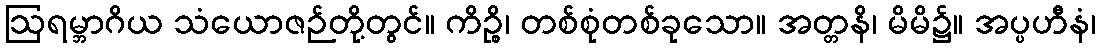
ဩရမ္ဘာဂိယ သံယောဇဉ်တို့တွင်။ ကိဉ္စိ၊ တစ်စုံတစ်ခုသော။ အတ္တနိ၊ မိမိ၌။ အပ္ပဟီနံ၊